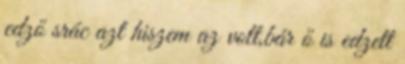
edző srác azt hiszem az volt,bár ő is edzett